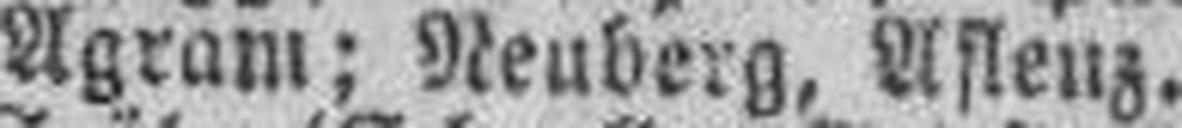
Agram; Neuberg, Aslenz.